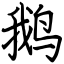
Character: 鹅